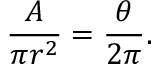
{ \frac { A } { \pi r ^ { 2 } } } = { \frac { \theta } { 2 \pi } } .